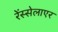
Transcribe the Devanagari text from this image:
रेंस्सेलाएर